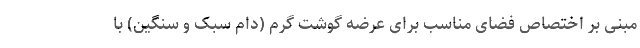
مبنی بر اختصاص فضای مناسب برای عرضه گوشت گرم (دام سبک و سنگین) با